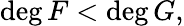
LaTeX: \deg F<\deg G,